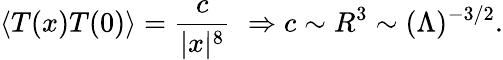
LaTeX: \langle T(x)T(0)\rangle={\frac{c}{|x|^{8}}}\, \, \Rightarrow c\sim R^{3}\sim(\Lambda)^{-3/2}.